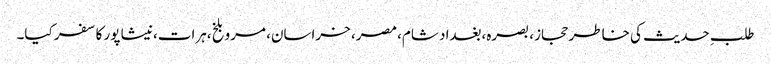
طلبِ حدیث کی خاطر حجاز، بصرہ،بغداد شام، مصر، خراسان، مرو بلخ،ہرات،نیشا پور کا سفر کیا۔